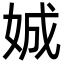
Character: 娍